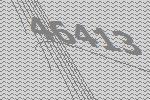
46413